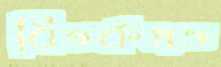
বিতর্কসভ